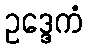
ဥဒ္ဒေကံ